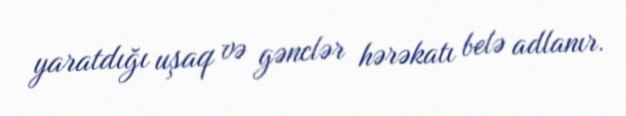
yaratdığı uşaq və gənclər hərəkatı belə adlanır.